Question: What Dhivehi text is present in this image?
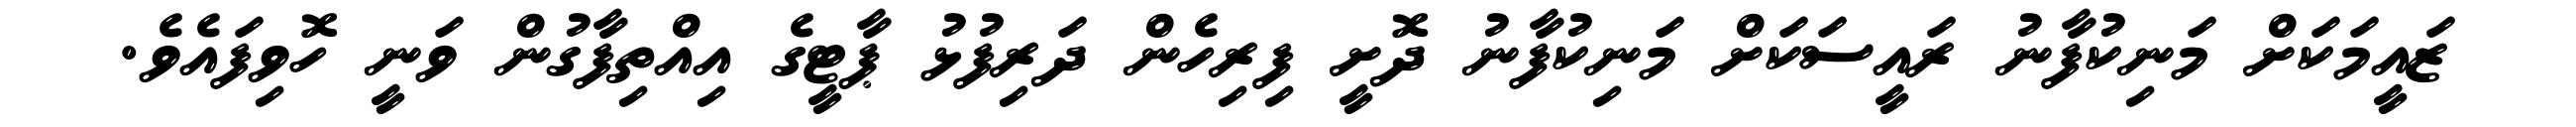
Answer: ޒައީމަކަށް މަނިކުފާނު ރައީސަކަށް މަނިކުފާނު ދޮށީ ފިރިހެން ދަރިފުޅު ޕާޓީގެ އިއްތިފާގުން ވަނީ ހޮވިފައެވެ.